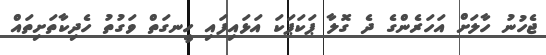
ޖެހުނު ހާލަށް އަހަރެންގެ ދެ ގޮލާ ޕަކަޕަކަ އަޅައިފައި ހީނގަތް ވަގުތު ހެދިކާތަށިތައް